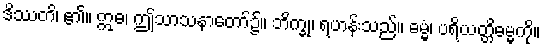
ဒိဿတိ၊ ၏။ ဣဓ၊ ဤသာသနာတော်၌။ ဘိက္ခု၊ ရဟန်းသည်။ ဓမ္မံ၊ ပရိယတ္တိဓမ္မကို။